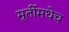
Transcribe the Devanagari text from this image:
मूर्तीमधेच